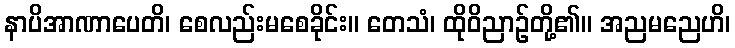
နာပိအာဏာပေတိ၊ စေလည်းမစေခိုင်း။ တေသံ၊ ထိုဝိညာဉ်တို့၏။ အညမညေဟိ၊